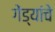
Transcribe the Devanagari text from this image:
गेंड्यांचे